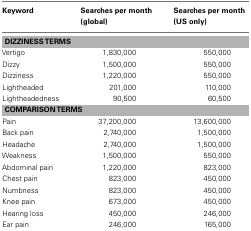
<table><thead><tr><td><b>Keyword</b></td><td><b>Searches per month (global)</b></td><td><b>Searches per month (US only)</b></td></tr></thead><tbody><tr><td colspan="3"><b>DIZZINESS TERMS</b></td></tr><tr><td>Vertigo</td><td>1,830,000</td><td>550,000</td></tr><tr><td>Dizzy</td><td>1,500,000</td><td>550,000</td></tr><tr><td>Dizziness</td><td>1,220,000</td><td>550,000</td></tr><tr><td>Lightheaded</td><td>201,000</td><td>110,000</td></tr><tr><td>Lightheadedness</td><td>90,500</td><td>60,500</td></tr><tr><td colspan="3"><b>COMPARISON TERMS</b></td></tr><tr><td>Pain</td><td>37,200,000</td><td>13,600,000</td></tr><tr><td>Back pain</td><td>2,740,000</td><td>1,500,000</td></tr><tr><td>Headache</td><td>2,740,000</td><td>1,500,000</td></tr><tr><td>Weakness</td><td>1,500,000</td><td>550,000</td></tr><tr><td>Abdominal pain</td><td>1,220,000</td><td>823,000</td></tr><tr><td>Chest pain</td><td>823,000</td><td>450,000</td></tr><tr><td>Numbness</td><td>823,000</td><td>450,000</td></tr><tr><td>Knee pain</td><td>673,000</td><td>450,000</td></tr><tr><td>Hearing loss</td><td>450,000</td><td>246,000</td></tr><tr><td>Ear pain</td><td>246,000</td><td>165,000</td></tr></tbody></table>